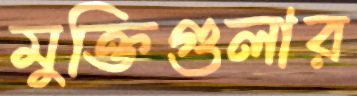
মুক্তিগুলার